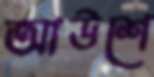
আউশে